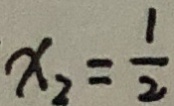
x _ { 2 } = \frac { 1 } { 2 }